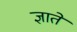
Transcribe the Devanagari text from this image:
ज्ञाते